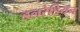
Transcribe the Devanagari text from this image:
डलरेडियन